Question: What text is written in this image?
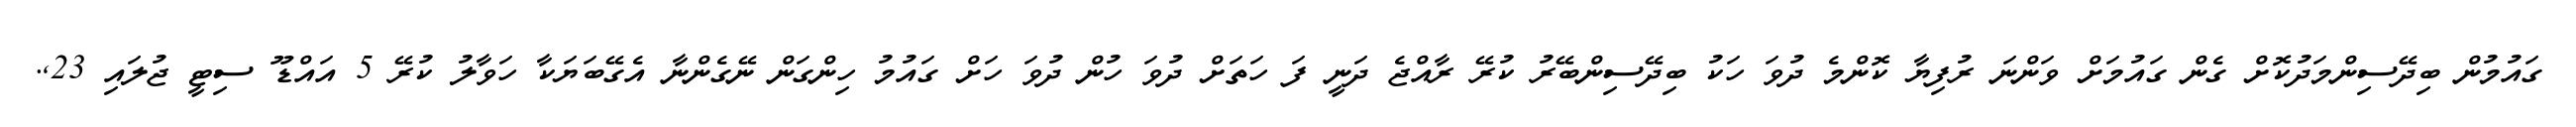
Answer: ގައުމުން ބިދޭސިންމަދުކޮށް ގެން ގައުމަށް ވަންނަ ރުފިޔާ ކޮންމެ ދުވަ ހަކު ބިދޭސިންބޭރު ކުރޭ ރާއްޖެ ދަނީ ފަ ހަތަށް ދުވަ ހުން ދުވަ ހަށް ގައުމު ހިންގަން ނޭގެންނާ އެގޭބަޔަކާ ހަވާލު ކުރޭ 5 އައްޑޫ ސިޓީ ޖުލައި 23,.